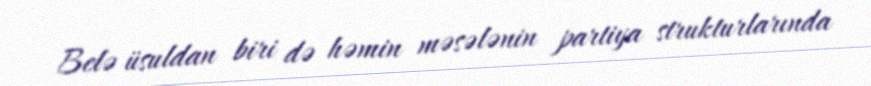
Belə üsuldan biri də həmin məsələnin partiya strukturlarında